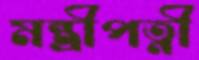
মন্ত্রীপত্নী